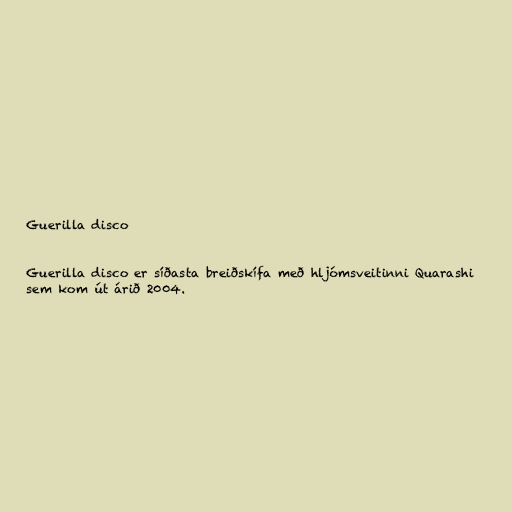
Guerilla disco

Guerilla disco er síðasta breiðskífa með hljómsveitinni Quarashi
sem kom út árið 2004.